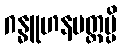
ဂန္ဓူဟနမတ္တမ္ပိ